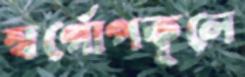
স্বর্গোপকূলে